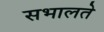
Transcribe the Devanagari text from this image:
सभालते